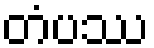
တံပဿ